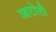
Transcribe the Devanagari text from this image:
आटोली